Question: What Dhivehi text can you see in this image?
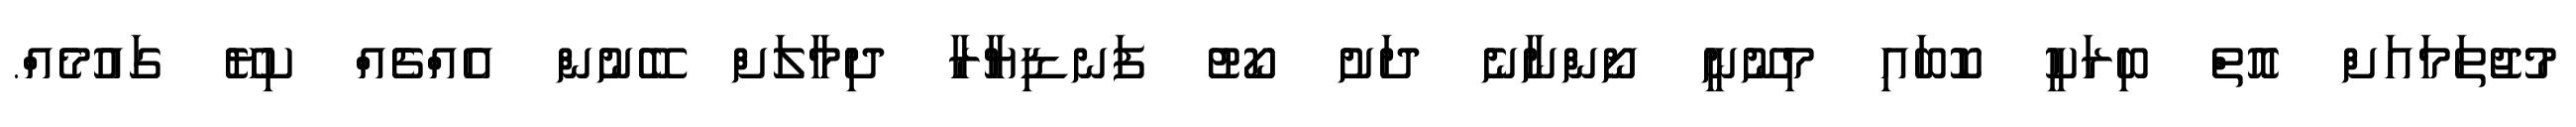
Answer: މުޖުތަމައަށް އޮތް ބިރަކީ ކޮބައި މިނޫނީ ނޯންނާނެ ދަށު ކޯޓު ފަނޑިޔާރާ ދިމާލަށް ބޭނުން އެއްޗެއް ކިޔޭ ގައުމެއް.